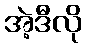
အဲ့ဒီလို